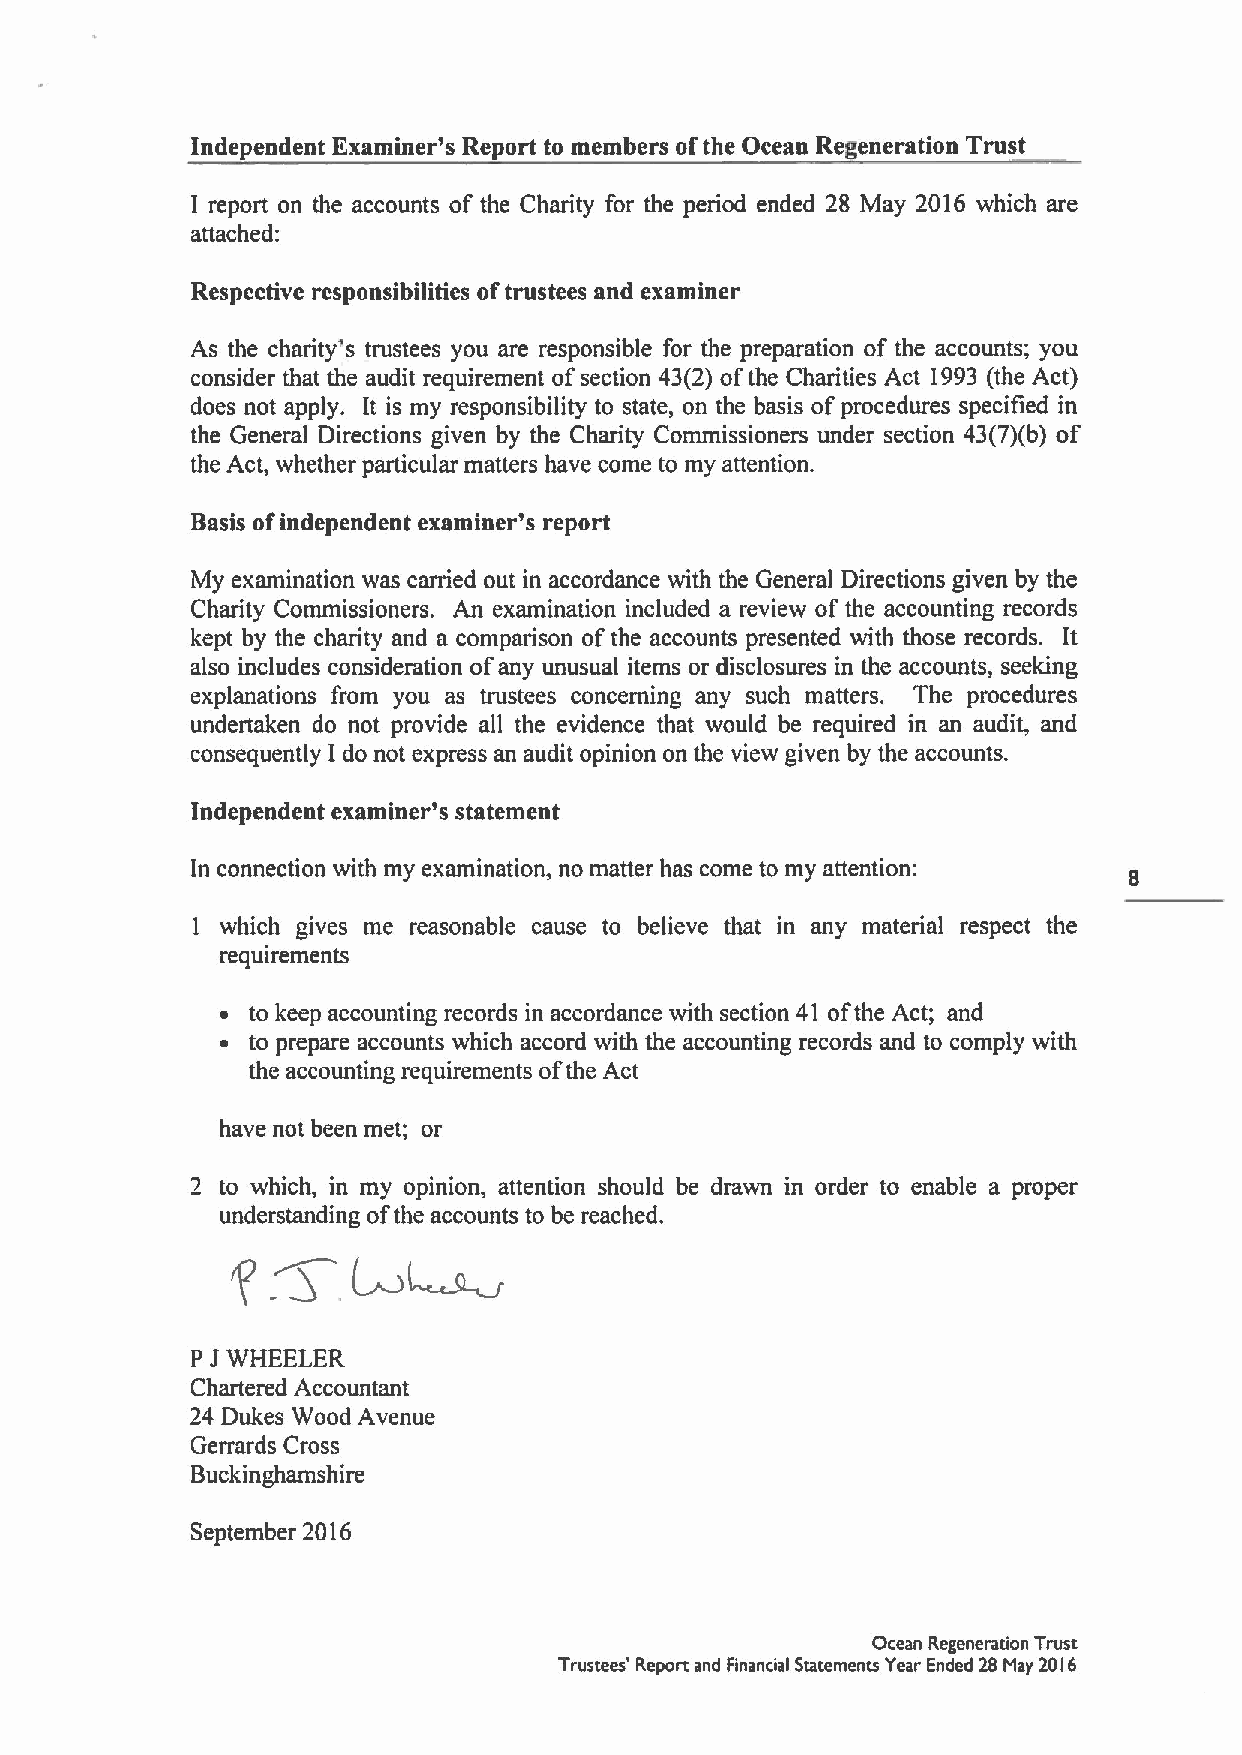
Independent Examiner's Report to members ofthe Ocean Regeneration Trust
 I report on the accounts of the Charity for the period ended 28 May 2016 which are
 attached:
 Respective responsibilities oftrustees and examiner
 As the charity's trustees you are responsible for the preparation of the accounts; you
 consider that the audit requirement ofsection 43(2) ofthe Charities Act 1993(the Act)
 does not apply. It is my responsibility to state, on the basis ofprocedures specified in
 the General Directions given by the Charity Commissioners under section 43(7)(b) of
 the Act, whether particular matters have come to my attention.
 Basis ofindependent examiner's report
 My examination was carried out in accordance with the General Directions given by the
 Charity Commissioners. An examination included a review of the accounting records
 kept by the charity and a comparison ofthe accounts presented with those records. It
 also includes consideration ofany unusual items or disclosures in the accounts, seeking
 explanations from you as trustees concerning any such matters. The procedures
 undertaken do not provide all the evidence that would be required in an audit, and
 consequently I do not express an audit opinion on the view given by the accounts.
 Independent examiner's statement
 In connection with my examination, no matter has come to my attention:
 I which gives me reasonable cause to believe that in any material respect the
 requirements
 ~ to keep accounting records in accordance with section 41 ofthe Act; and
 ~ to prepare accounts which accord with the accounting records and to comply with
 the accounting requirements ofthe Act
 have not been met; or
 2 to which, in my opinion, attention should be drawn in order to enable a proper
 understanding ofthe accounts to be reached.
 P JWHEELER
 Chartered Accountant
 24 Dukes Wood Avenue
 Gerrards Cross
 Buckinghamshire
 September 2016
 Ocean Regeneration Trust
 Trustees' Report and Financial Statements Year Ended 28 May 20I6